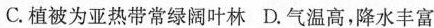
C.植被为亚热带常绿阔叶林 D.气温高，降水丰富